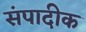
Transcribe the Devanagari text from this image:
संपादीक